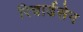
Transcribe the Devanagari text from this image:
रिचार्डसेन